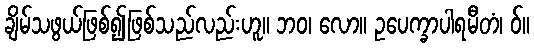
ချိမ်သဖွယ်ဖြစ်၍ဖြစ်သည်လည်းဟူ။ ဘဝ၊ လော။ ဥပေက္ခာပါရမီတံ၊ ဝ်။